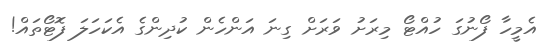
އެމީހާ ފޯނުގަ ހުއްޓޯ މިރަށު ވަރަށް ގިނަ އަންހެން ކުދިންގެ އެކަހަލަ ފޮޓޯތައް!